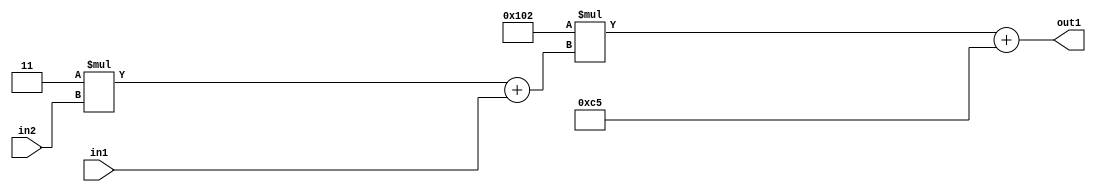
`timescale 1ps / 1ps
/*****************************************************************************
    Verilog RTL Description
    
    
    Created by: Stratus DpOpt 2019.1.01 
*******************************************************************************/

module DC_Filter_Add2i197Mul2i258Add2u1Mul2i3u2_1 (
	in2,
	in1,
	out1
	); /* architecture "behavioural" */ 
input [1:0] in2;
input  in1;
output [11:0] out1;
wire [11:0] asc001;
wire [3:0] asc002;

wire [3:0] asc002_tmp_0;
assign asc002_tmp_0 = 
	+(4'B0011 * in2);
assign asc002 = asc002_tmp_0
	+(in1);

wire [11:0] asc001_tmp_1;
assign asc001_tmp_1 = 
	+(12'B000100000010 * asc002);
assign asc001 = asc001_tmp_1
	+(12'B000011000101);

assign out1 = asc001;
endmodule

/* CADENCE  v7XyTg4= : u9/ySgnWtBlWxVPRXgAZ4Og= ** DO NOT EDIT THIS LINE ******/